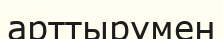
арттырумен